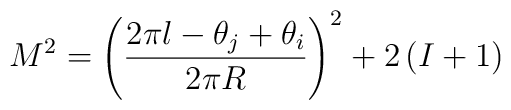
M^{2}=\left( \frac{2\pi l-\theta _{j}+\theta _{i}}{2\pi R}\right)^{2}+2\left( I+1\right)